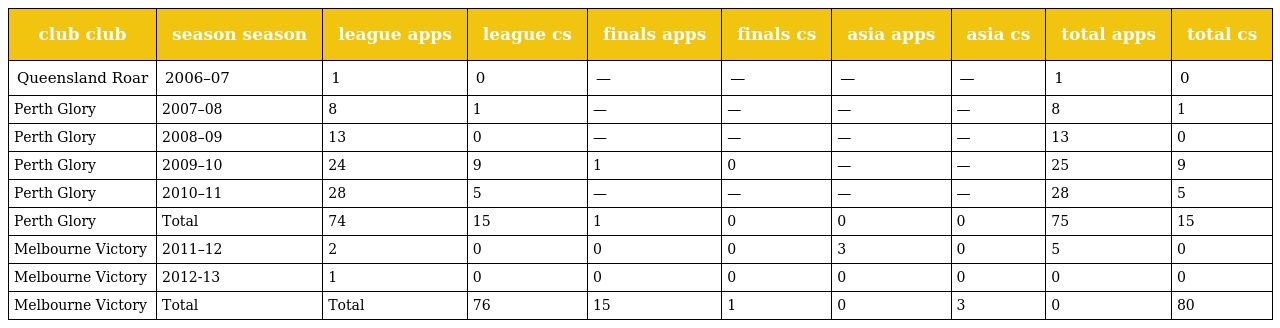
| club club | season season | league apps | league cs | finals apps | finals cs | asia apps | asia cs | total apps | total cs |
 | --- | --- | --- | --- | --- | --- | --- | --- | --- | --- |
 | Queensland Roar | 2006–07 | 1 | 0 | — | — | — | — | 1 | 0 |
 | Perth Glory | 2007–08 | 8 | 1 | — | — | — | — | 8 | 1 |
 | Perth Glory | 2008–09 | 13 | 0 | — | — | — | — | 13 | 0 |
 | Perth Glory | 2009–10 | 24 | 9 | 1 | 0 | — | — | 25 | 9 |
 | Perth Glory | 2010–11 | 28 | 5 | — | — | — | — | 28 | 5 |
 | Perth Glory | Total | 74 | 15 | 1 | 0 | 0 | 0 | 75 | 15 |
 | Melbourne Victory | 2011–12 | 2 | 0 | 0 | 0 | 3 | 0 | 5 | 0 |
 | Melbourne Victory | 2012-13 | 1 | 0 | 0 | 0 | 0 | 0 | 0 | 0 |
 | Melbourne Victory | Total | Total | 76 | 15 | 1 | 0 | 3 | 0 | 80 |